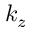
k _ { z }